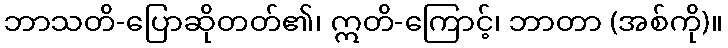
ဘာသတိ-ပြောဆိုတတ်၏၊ ဣတိ-ကြောင့်၊ ဘာတာ (အစ်ကို)။